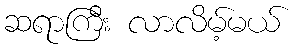
ဆရာကြီး လာလိမ့်မယ်